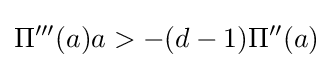
\Pi '''(a)a>-(d-1)\Pi ''(a)